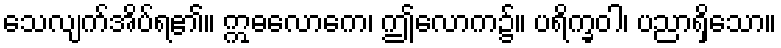
သေလျက်အိပ်ရ၏။ ဣဓလောကေ၊ ဤလောက၌။ ပရိက္ခဝါ၊ ပညာရှိသော။